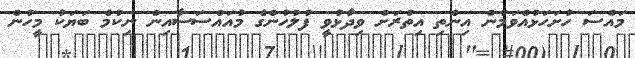
މައްސަ ހުށަހަޅުއްވަމުން އިންތި އިތުރަށް ވިދާޅުވީ ފުލުހުންގެ މުއައްސަސާއިން ނިކުމެ ބަޔަކު މީހުން